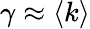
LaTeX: \gamma\approx\left\langle k\right\rangle